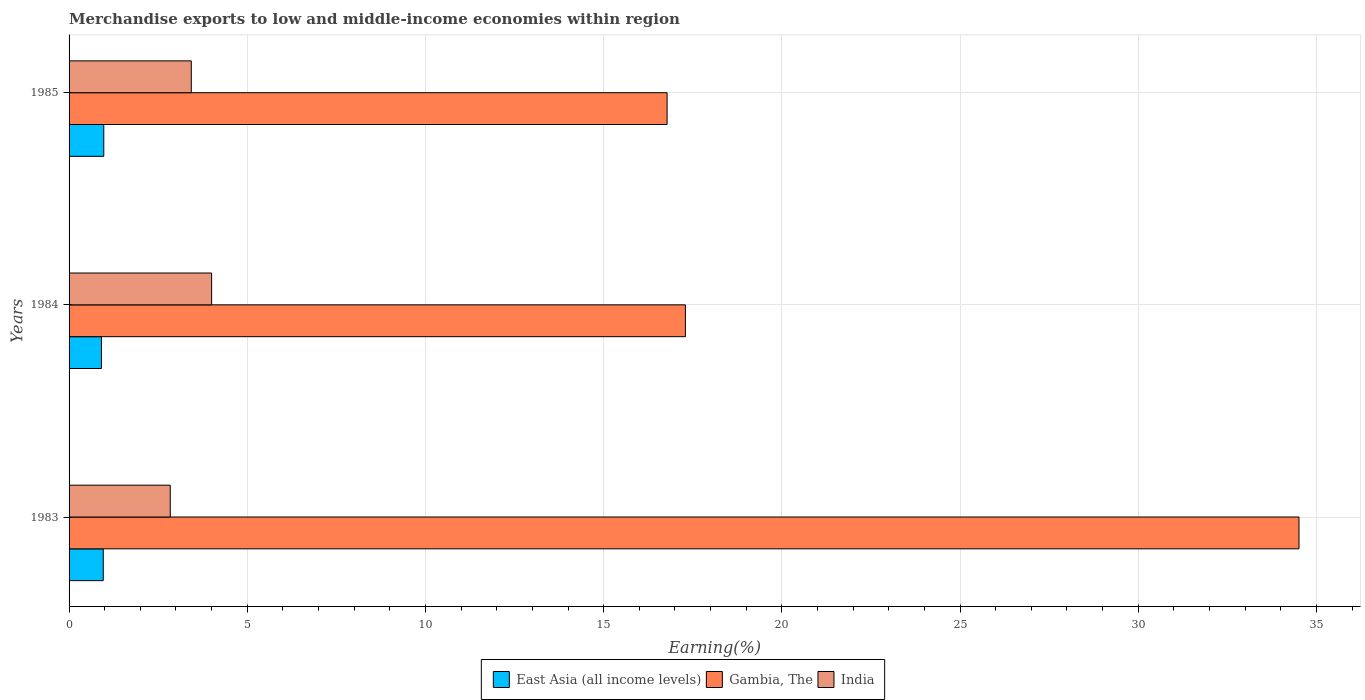
| Years | East Asia (all income levels) | Gambia, The | India |
 | --- | --- | --- | --- |
 | 1983 | 0.959 | 34.5 | 2.84 |
 | 1984 | 0.908 | 17.3 | 4 |
 | 1985 | 0.974 | 16.8 | 3.43 |